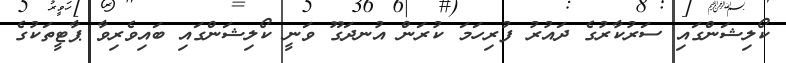
ކޯލިޝަންގައި ސަރުކާރުގެ ދައުރު ފުރިހަމަ ކުރަން އުނދަގޫ ވަނީ ކޯލިޝަންގައި ބައިވެރިވާ ޕާޓީތަކުގެ